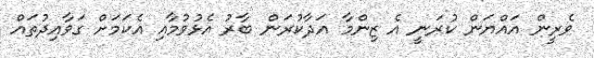
ވެރީން އައްޔަން ކުރަނީ އެ ޒިންމާ އަދާކުރަން ބާރު އެޅުވުމާއި އެކަމަށް ގަވާއިދުތައް